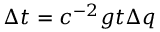
\Delta t = c ^ { - 2 } g t \Delta q